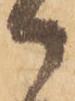
御